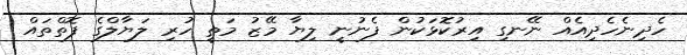
ހެދިނެހެދިއެއް ނޭނގި އިރުކޮޅަކުން ފެނުނީ ލިޔާ މޭޒު މަތީ ހުރި ލަޔާލްގެ ފޮތްތައް